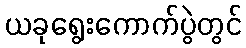
ယခုရွေးကောက်ပွဲတွင်